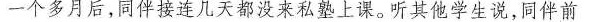
一个多月后，同伴接连几天都没来私塾上课。听其他学生说，同伴前